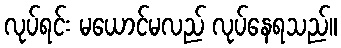
လုပ်ရင်း မယောင်မလည် လုပ်နေရသည်။